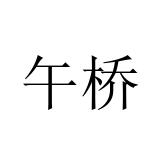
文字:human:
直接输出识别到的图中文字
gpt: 午桥